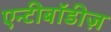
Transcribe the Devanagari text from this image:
एन्टीबॉडीज़